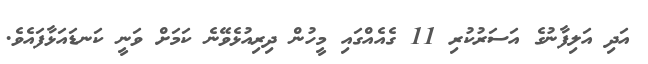
އަދި އަލިފާނުގެ އަސަރުކުރި 11 ގެއެއްގައި މީހުން ދިރިއުޅެވޭނެ ކަަމަށް ވަނީ ކަނޑައަޅާފައެވެ.